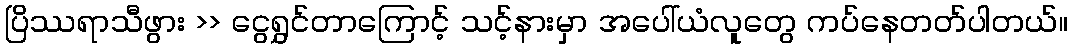
ပြိဿရာသီဖွား >> ငွေရွှင်တာကြောင့် သင့်နားမှာ အပေါ်ယံလူတွေ ကပ်နေတတ်ပါတယ်။